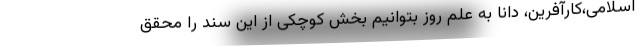
اسلامی،کارآفرین، دانا به علم روز بتوانیم بخش کوچکی از این سند را محقق